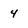
Character: 4